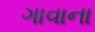
ગાવાના